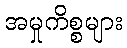
အမှုကိစ္စများ